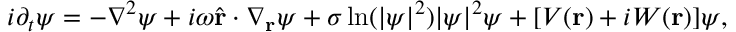
i \partial _ { t } \psi = - \nabla ^ { 2 } \psi + i \omega \widehat { \mathbf { r } } \cdot \nabla _ { \mathbf { r } } \psi + \sigma \ln ( | \psi | ^ { 2 } ) | \psi | ^ { 2 } \psi + [ V ( \mathbf { r } ) + i W ( \mathbf { r } ) ] \psi ,